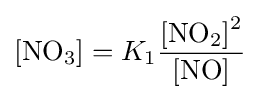
[{\ce {NO3}}]=K_{1}{\frac {{\ce {[NO2]^2}}}{{\ce {[NO]}}}}